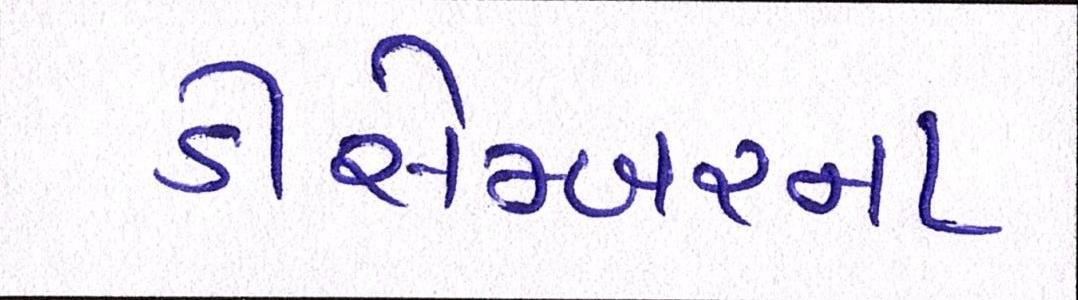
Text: ડીસેમ્બરના